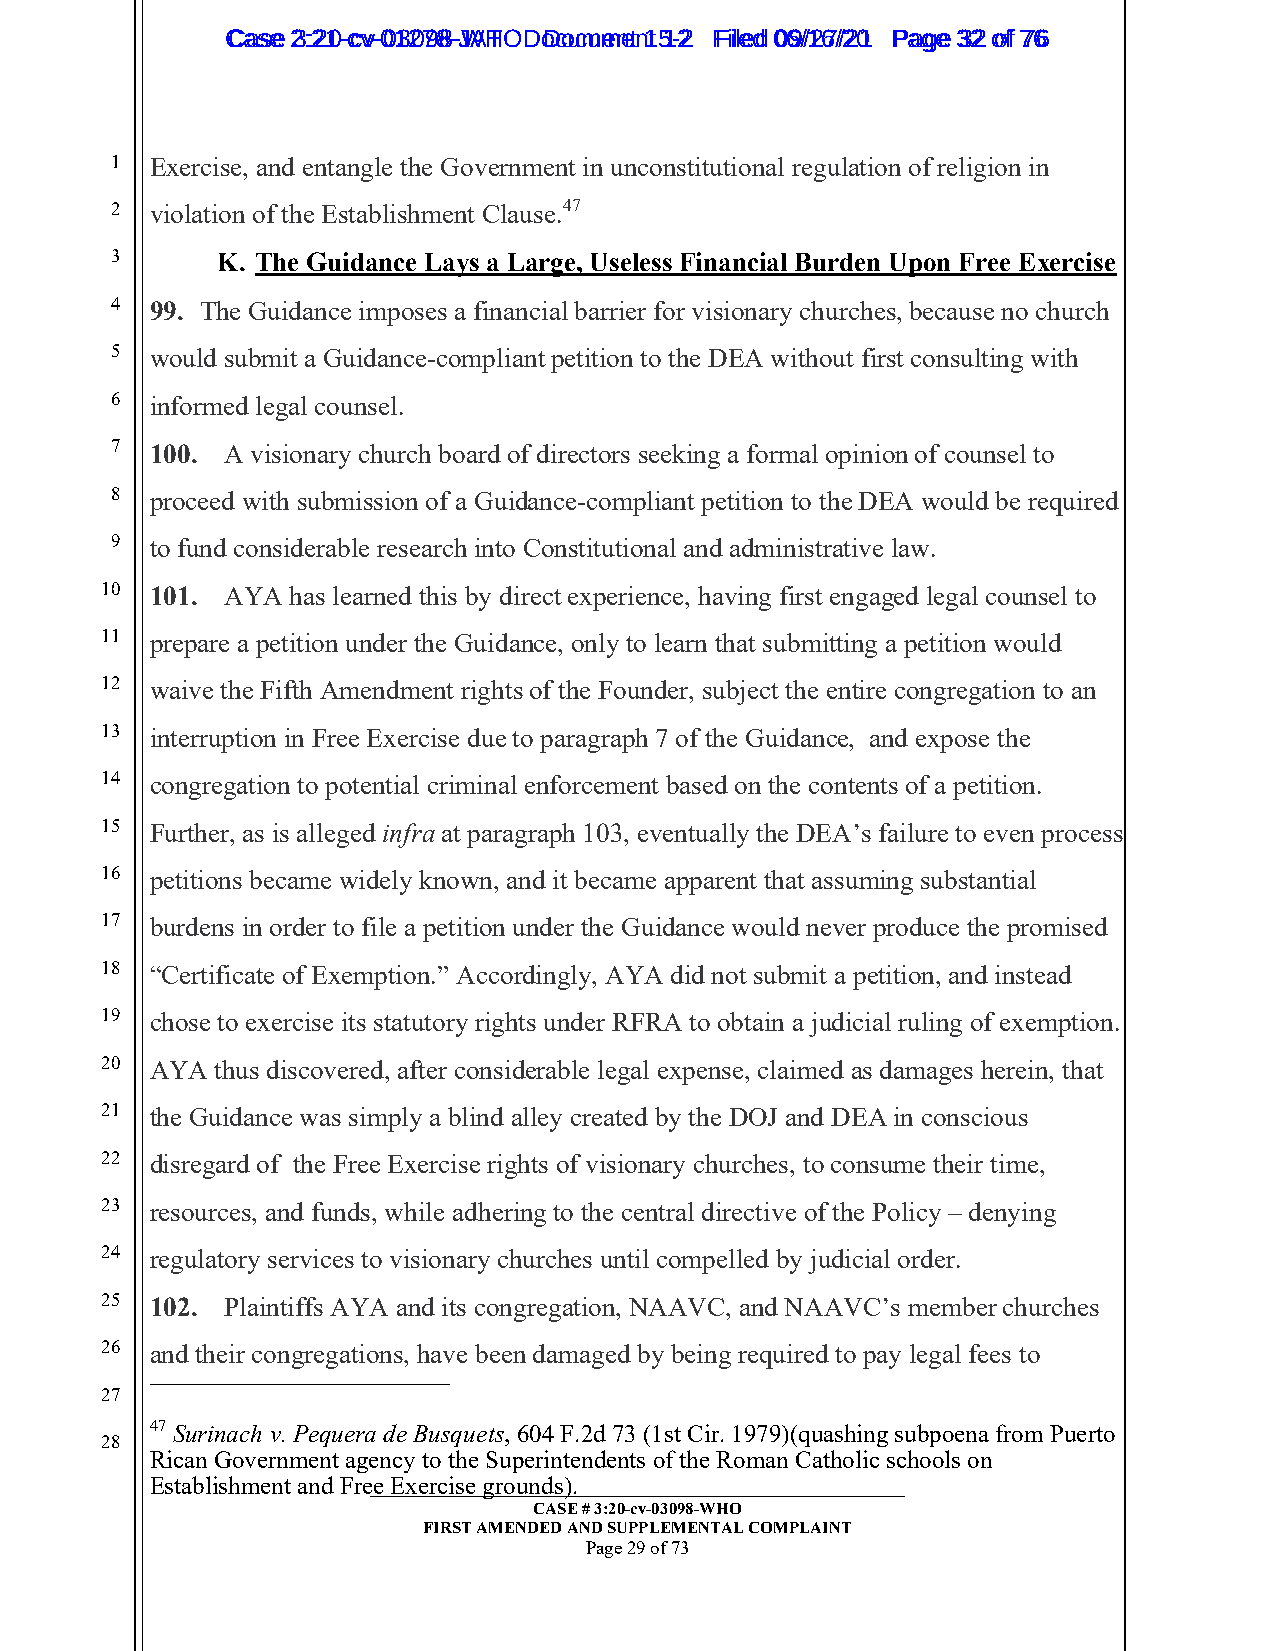
CCaassee 23::2210--ccvv--0013207988--JWAHT O D oDcoucmumenetn 1t 51-22 FFiilleedd 0069//1267//2201 PPaaggee 3322 ooff 7766
 1  Exercise, and entangle the Government in unconstitutional regulation of religion in
 2  violation of the Establishment Clause.47
 3      K. The Guidance Lays a Large, Useless Financial Burden Upon Free Exercise
 4  99. The Guidance imposes a financial barrier for visionary churches, because no church
 5  would submit a Guidance-compliant petition to the DEA without first consulting with
 6  informed legal counsel.
 7  100. A visionary church board of directors seeking a formal opinion of counsel to
 8  proceed with submission of a Guidance-compliant petition to the DEA would be required
 9  to fund considerable research into Constitutional and administrative law.
 10 101. AYA has learned this by direct experience, having first engaged legal counsel to
 11 prepare a petition under the Guidance, only to learn that submitting a petition would
 12 waive the Fifth Amendment rights of the Founder, subject the entire congregation to an
 13 interruption in Free Exercise due to paragraph 7 of the Guidance, and expose the
 14 congregation to potential criminal enforcement based on the contents of a petition.
 15 Further, as is alleged infra at paragraph 103, eventually the DEA’s failure to even process
 16 petitions became widely known, and it became apparent that assuming substantial
 17 burdens in order to file a petition under the Guidance would never produce the promised
 18 “Certificate of Exemption.” Accordingly, AYA did not submit a petition, and instead
 19 chose to exercise its statutory rights under RFRA to obtain a judicial ruling of exemption.
 20 AYA thus discovered, after considerable legal expense, claimed as damages herein, that
 21 the Guidance was simply a blind alley created by the DOJ and DEA in conscious
 22 disregard of the Free Exercise rights of visionary churches, to consume their time,
 23 resources, and funds, while adhering to the central directive of the Policy – denying
 24 regulatory services to visionary churches until compelled by judicial order.
 25 102. Plaintiffs AYA and its congregation, NAAVC, and NAAVC’s member churches
 26 and their congregations, have been damaged by being required to pay legal fees to
 27
 47 Surinach v. Pequera de Busquets, 604 F.2d 73 (1st Cir. 1979)(quashing subpoena from Puerto
 28
 Rican Government agency to the Superintendents of the Roman Catholic schools on
 Establishment and Fre_e_ _E_x__e_r_c_i_s_e_ _g_r_o_u_n__d_s_)_._ __________________________________
 CASE # 3:20-cv-03098-WHO
 FIRST AMENDED AND SUPPLEMENTAL COMPLAINT
 Page 29 of 73